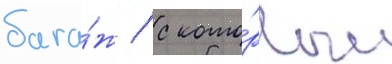
бага́ж / с кото́рым